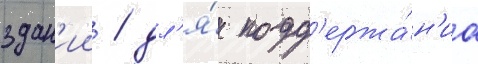
здан'ии / дл'я́ подд'ержа́н'иа